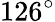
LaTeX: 126^{\circ}